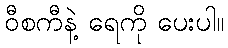
ဝီစကီနဲ့ ရေကို ပေးပါ။